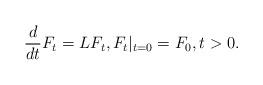
LaTeX: \begin{align*} \frac{d}{d t} F_t = L F_t , F_t|_{t=0} = F_0, t>0.\end{align*}